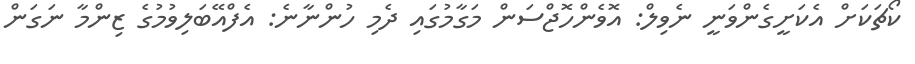
ކޯޗަކަށް އެކަށީގެންވަނީ ނެވިލް: އޮވެންހޮޖްސަން މަގާމުގައި ދެމި ހުންނާނެ: އެފްއޭބަލިވުމުގެ ޒިންމާ ނަގަން